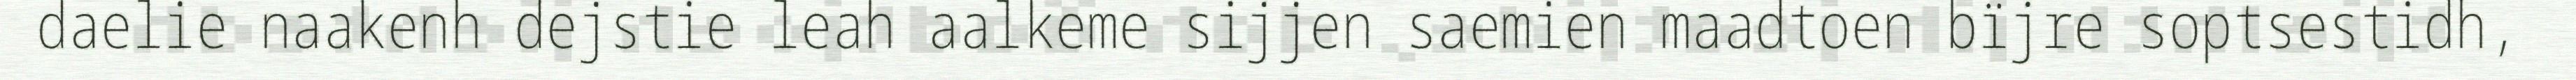
daelie naakenh dejstie leah aalkeme sijjen saemien maadtoen bïjre soptsestidh,